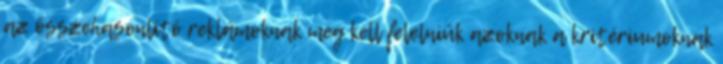
az összehasonlító reklámoknak meg kell felelniük azoknak a kritériumoknak